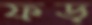
ফড়